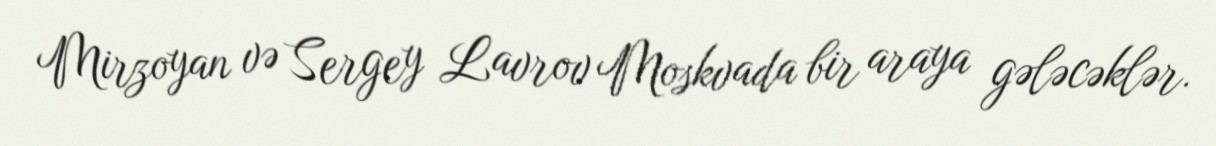
Mirzoyan və Sergey Lavrov Moskvada bir araya gələcəklər.